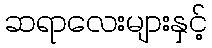
ဆရာလေးများနှင့်